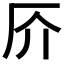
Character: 𠨴